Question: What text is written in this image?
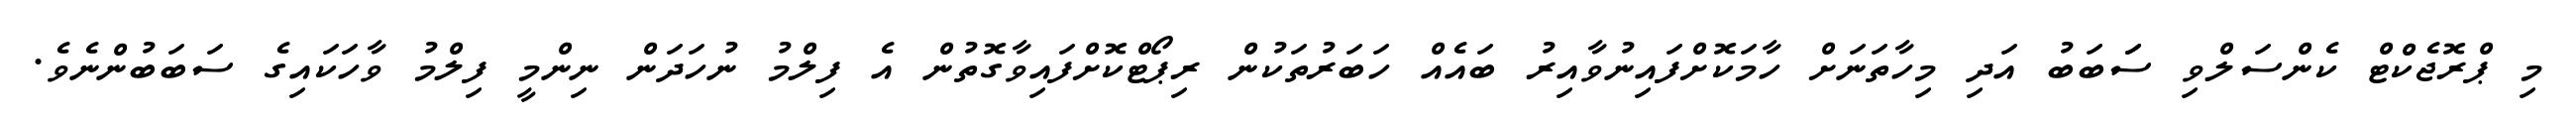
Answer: މި ޕްރޮޖެކްޓް ކެންސަލްވި ސަަބަބު އަދި މިހާތަނަށް ހާމަކޮށްފައިނުވާއިރު ބައެއް ހަބަރުތަކުން ރިޕޯޓްކޮށްފައިވާގޮތުން އެ ފިލްމު ނުހަދަން ނިންމީ ފިލްމު ވާހަކައިގެ ސަބަބުންނެވެ.